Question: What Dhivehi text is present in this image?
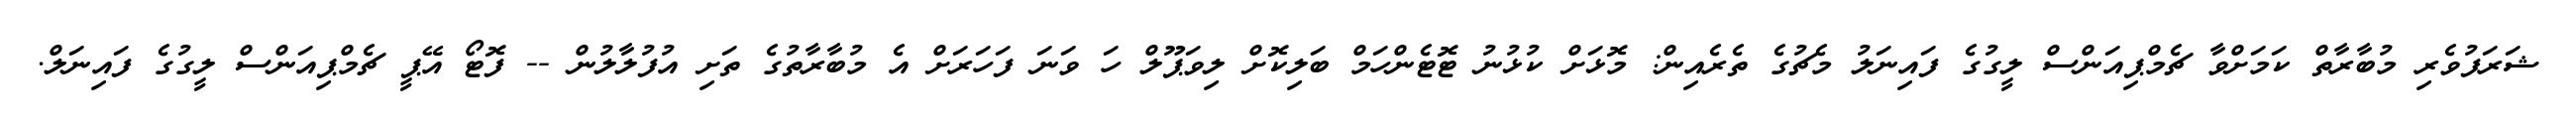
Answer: ޝަރަފުވެރި މުބާރާތް ކަމަށްވާ ޗެމްޕިއަންސް ލީގުގެ ފައިނަލު މެޗުގެ ތެރެއިން: މޮޅަށް ކުޅުނު ޓޮޓެންހަމް ބަލިކޮށް ލިވަޕޫލް ހަ ވަނަ ފަހަރަށް އެ މުބާރާތުގެ ތަށި އުފުލާލުން -- ފޮޓޯ އޭޕީ ޗެމްޕިއަންސް ލީގުގެ ފައިނަލް.